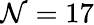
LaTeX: \mathcal{N}=17